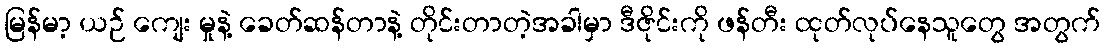
မြန်မာ့ ယဉ် ကျေး မှုနဲ့ ခေတ်ဆန်တာနဲ့ တိုင်းတာတဲ့အခါမှာ ဒီဇိုင်းကို ဖန်တီး ထုတ်လုပ်နေသူတွေ အတွက်